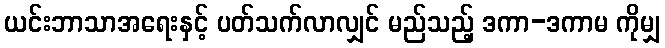
ယင်းဘာသာအရေးနှင့် ပတ်သက်လာလျှင် မည်သည့် ဒကာ-ဒကာမ ကိုမျှ